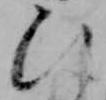
ひ